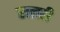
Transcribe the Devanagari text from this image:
खलरी